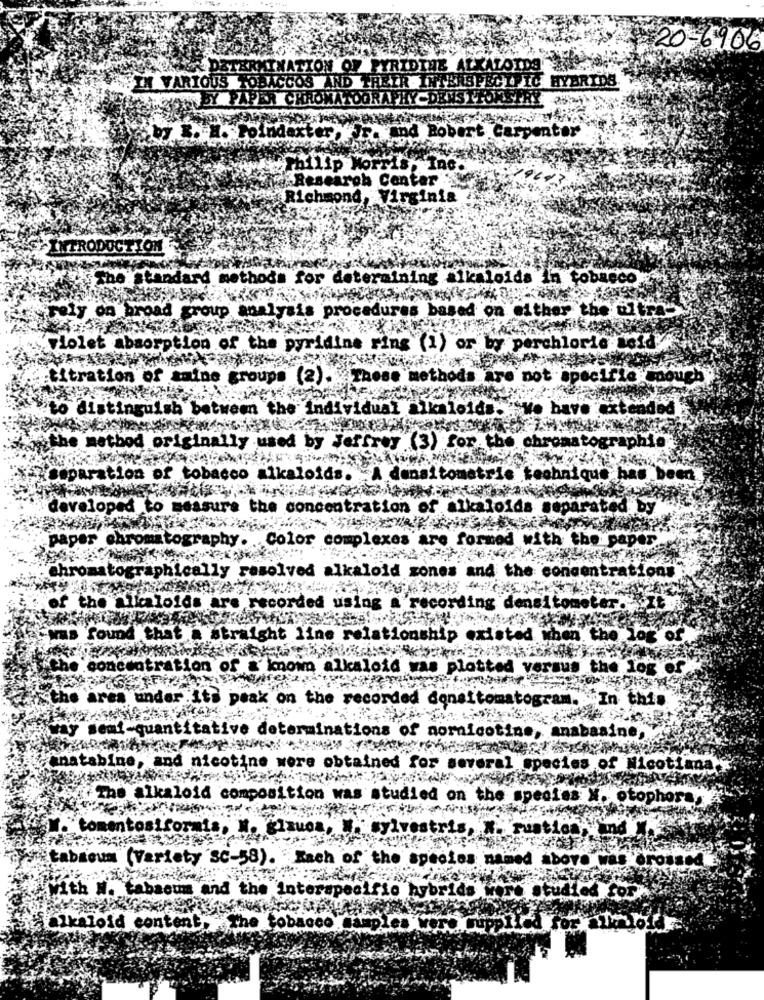
YRIDINE ALKALOIDS
SISPECIFIC HYBRIDS
SETH VARIOUS TOBACCOS
PAPER CHROMATOGRAPHYC
ter
by . H. Poindexter ,. mod Bobert Carper
Philip Morris
Ind.
arch Contar'
Richmond
INTRODUCTION
hods for determining alkaloids in tobaeco
ely on
procedures based on either the uit
tolet absorption of the pyridine ring (1) or by perchloric told
Lon
roups (2).
methods are not specifia mough
to
the individual
kaloids.
we have extended
rtbo
Jet
(3) for the chromatographie
100
loids.
tom
technique has
developed to
concentration of
kaloids separ
coarated by
paper
with the paper.
The concentrations
the
Alkaloidsa
found
that
sht
log of
atration
latted
lus the log of
ak on the recorded
don
In this
coti
anatabine
ies of Nicotiana.
The
"composit
coles W. otophora
toment
ties
tabacum (Variety 'SC-58). "Each of
abovoW
rot
With W.
and the interspecific hybrids
studied £
alkaloid content
tobacco